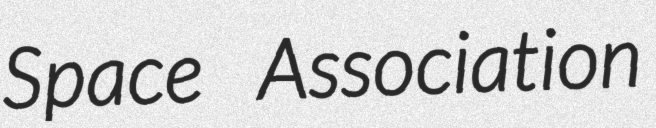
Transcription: Space Association